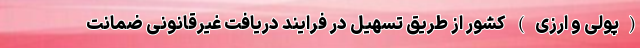
(پولی و ارزی) کشور از طریق تسهیل در فرایند دریافت غیرقانونی ضمانت